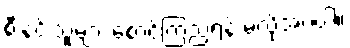
စီးနင်းသူများ စောင့်ကြည့်ရန် မလိုအပ်ပါ။